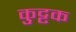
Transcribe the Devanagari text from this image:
कुुट्टक